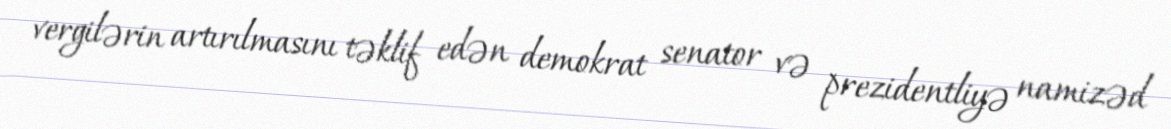
vergilərin artırılmasını təklif edən demokrat senator və prezidentliyə namizəd